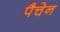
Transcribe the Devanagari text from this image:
पैचेन